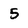
Character: 5